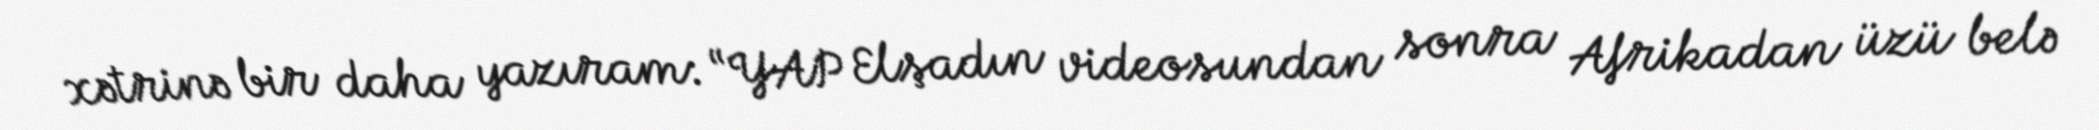
xətrinə bir daha yazıram: “YAP Elşadın videosundan sonra Afrikadan üzü belə